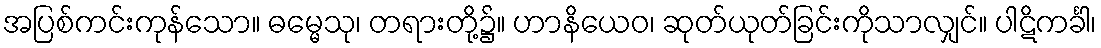
အပြစ်ကင်းကုန်သော။ ဓမ္မေသု၊ တရားတို့၌။ ဟာနိယေဝ၊ ဆုတ်ယုတ်ခြင်းကိုသာလျှင်။ ပါဋိကင်္ခါ၊